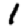
Digit: 1